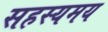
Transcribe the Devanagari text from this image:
सहस्यमय